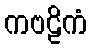
ကဗဠိကံ